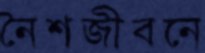
নৈশজীবনে